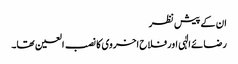
ان کے پیش نظر
رضائے الٰہی اور فلاح اخروی کا نصب العین تھا۔